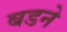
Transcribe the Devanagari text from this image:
बडने